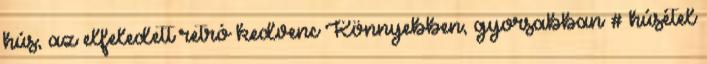
hús, az elfeledett retró kedvenc Könnyebben, gyorsabban # húsétel